Lunatic asylums Central Provinces reports 1895-1909 - 1895-1909
Year: 1895
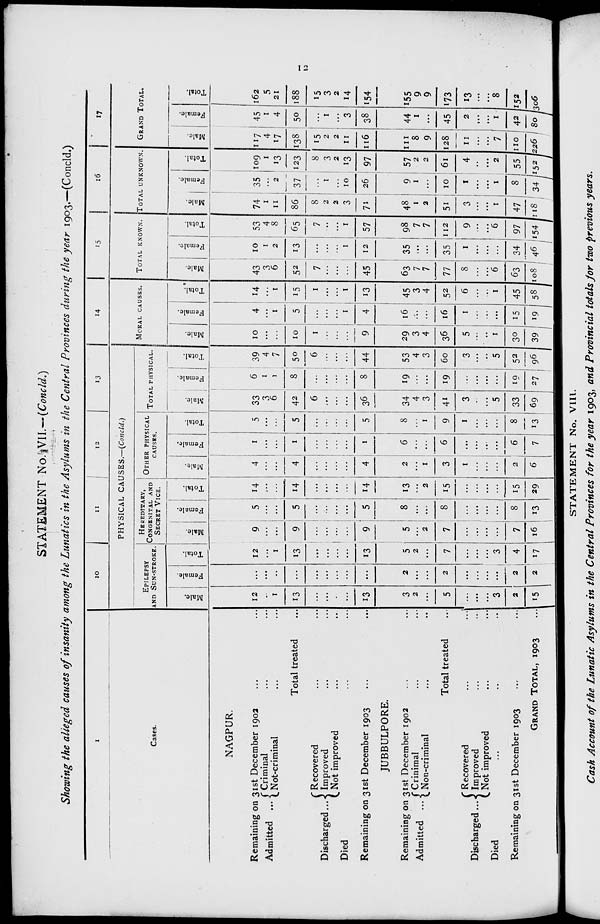
12
STATEMENT No. VII.—(Concld.)
Showing the alleged causes of insanity among the Lunatics in the Asylums in the Central Provinces during the year 1903.—(Concld.)
1
Cases.
NAGPUR.
Remaining on 31st December 1902 ... ...
Admitted ...
Criminal ... ...
Not-criminal ... ...
Total treated ...
Discharged ...
Recovered ... ...
Improved ... ...
Not improved ... ...
Died ... ... ...
Remaining on 31st December 1903 ... ...
JUBBULPORE.
Remaining on 31st December 1902 ... ...
Admitted ... Criminal ... ...
Non-criminal ... ...
Total treated ...
Discharged ...
Recovered
...
...
Improved ... ...
Not improved ... ...
Died ... ... ...
Remaining on 31st December 1903 ... ...
GRAND TOTAL, 1903 ...
10
11
12
13
PHYSICAL CAUSES.—(Concld.)
EPILEPSY
AND SUN-STROKE.
Male.
12
...
1
13
...
...
...
...
13
3
2
...
5
...
... ...
3
2
15
Female.
...
...
...
...
...
...
...
...
...
2
...
...
2
...
...
...
...
2
2
Total.
12
...
1
13
...
...
...
...
13
5
2
...
7
...
...
...
3
4
17
HEREDITARY,
CONGENITAL AND
SECRET VICE.
Male.
9
...
...
9
...
...
...
...
9
5
...
2
7
...
...
...
...
7
16
Female.
5
...
...
5
...
...
...
...
5
8
...
...
8
...
...
...
...
8
13
Total.
14
...
...
14
...
...
...
...
14
13
...
2
15
...
...
...
...
15
29
OTHER PHYSICAL
CAUSES.
Male.
4
...
...
4
...
...
...
...
4
2
...
1
3
1
...
...
...
2
6
Female.
1
...
...
1
...
...
...
...
1
6
...
...
6
...
...
...
...
6
7
Total.
5
...
...
5
...
...
...
...
5
8
...
1
9
1
...
...
...
8
13
TOTAL PHYSICAL.
Male.
33
3
6
42
6
...
...
...
36
34
4
3
41
3
...
...
5
33
69
Female.
6
1
1
8
...
...
...
...
8
19
...
...
19
...
...
...
...
19
27
Total.
39
4
7
50
6
...
...
...
44
53
4
3
60
3
...
...
5
52
96
14
MORAL CAUSES.
Male.
10
...
...
10
1
...
...
...
9
29
3
4
36
5
...
...
1
30
39
Female.
4
...
1
5
...
...
...
1
4
16
...
...
16
1
...
...
...
15
19
Total.
14
...
1
15
1
...
...
1
13
45
3
4
52
6
...
...
1
45
58
15
TOTAL KNOWN.
Male.
43
3
6
52
7
...
...
...
45
63
7
7
77
8
...
...
6
63
108
Female.
10
1
2
13
...
...
...
1
12
35
...
...
35
1
...
...
...
34
46
Total.
53
4
8
65
7
...
...
1
57
98
7
7
112
9
...
...
6
97
154
16
TOTAL UNKNOWN.
Male.
74
1
11
86
8
2
2
3
71
48
1
2
51
3
...
...
1
47
118
Female.
35
...
2
37
...
1
...
10
26
9
1
...
10
1
...
...
1
8
34
Total.
109
1
13
123
8
3
2
13
97
57
2
2
61
4
...
...
2
55
152
17
GRAND TOTAL.
Male.
117
4
17
138
15
2
2
11
116
111
8
9
128
11
...
...
7
110
226
Female.
45
1
4
50
...
1
...
3
38
44
1
...
45
2
...
...
1
42
80
Total.
162
5
21
188
15
3
2
14
154
155
9
9
173
13
...
...
8
152
306